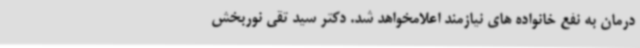
درمان به نفع خانواده های نیازمند اعلامخواهد شد. دکتر سید تقی نوربخش